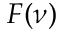
F ( \nu )